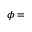
\phi =